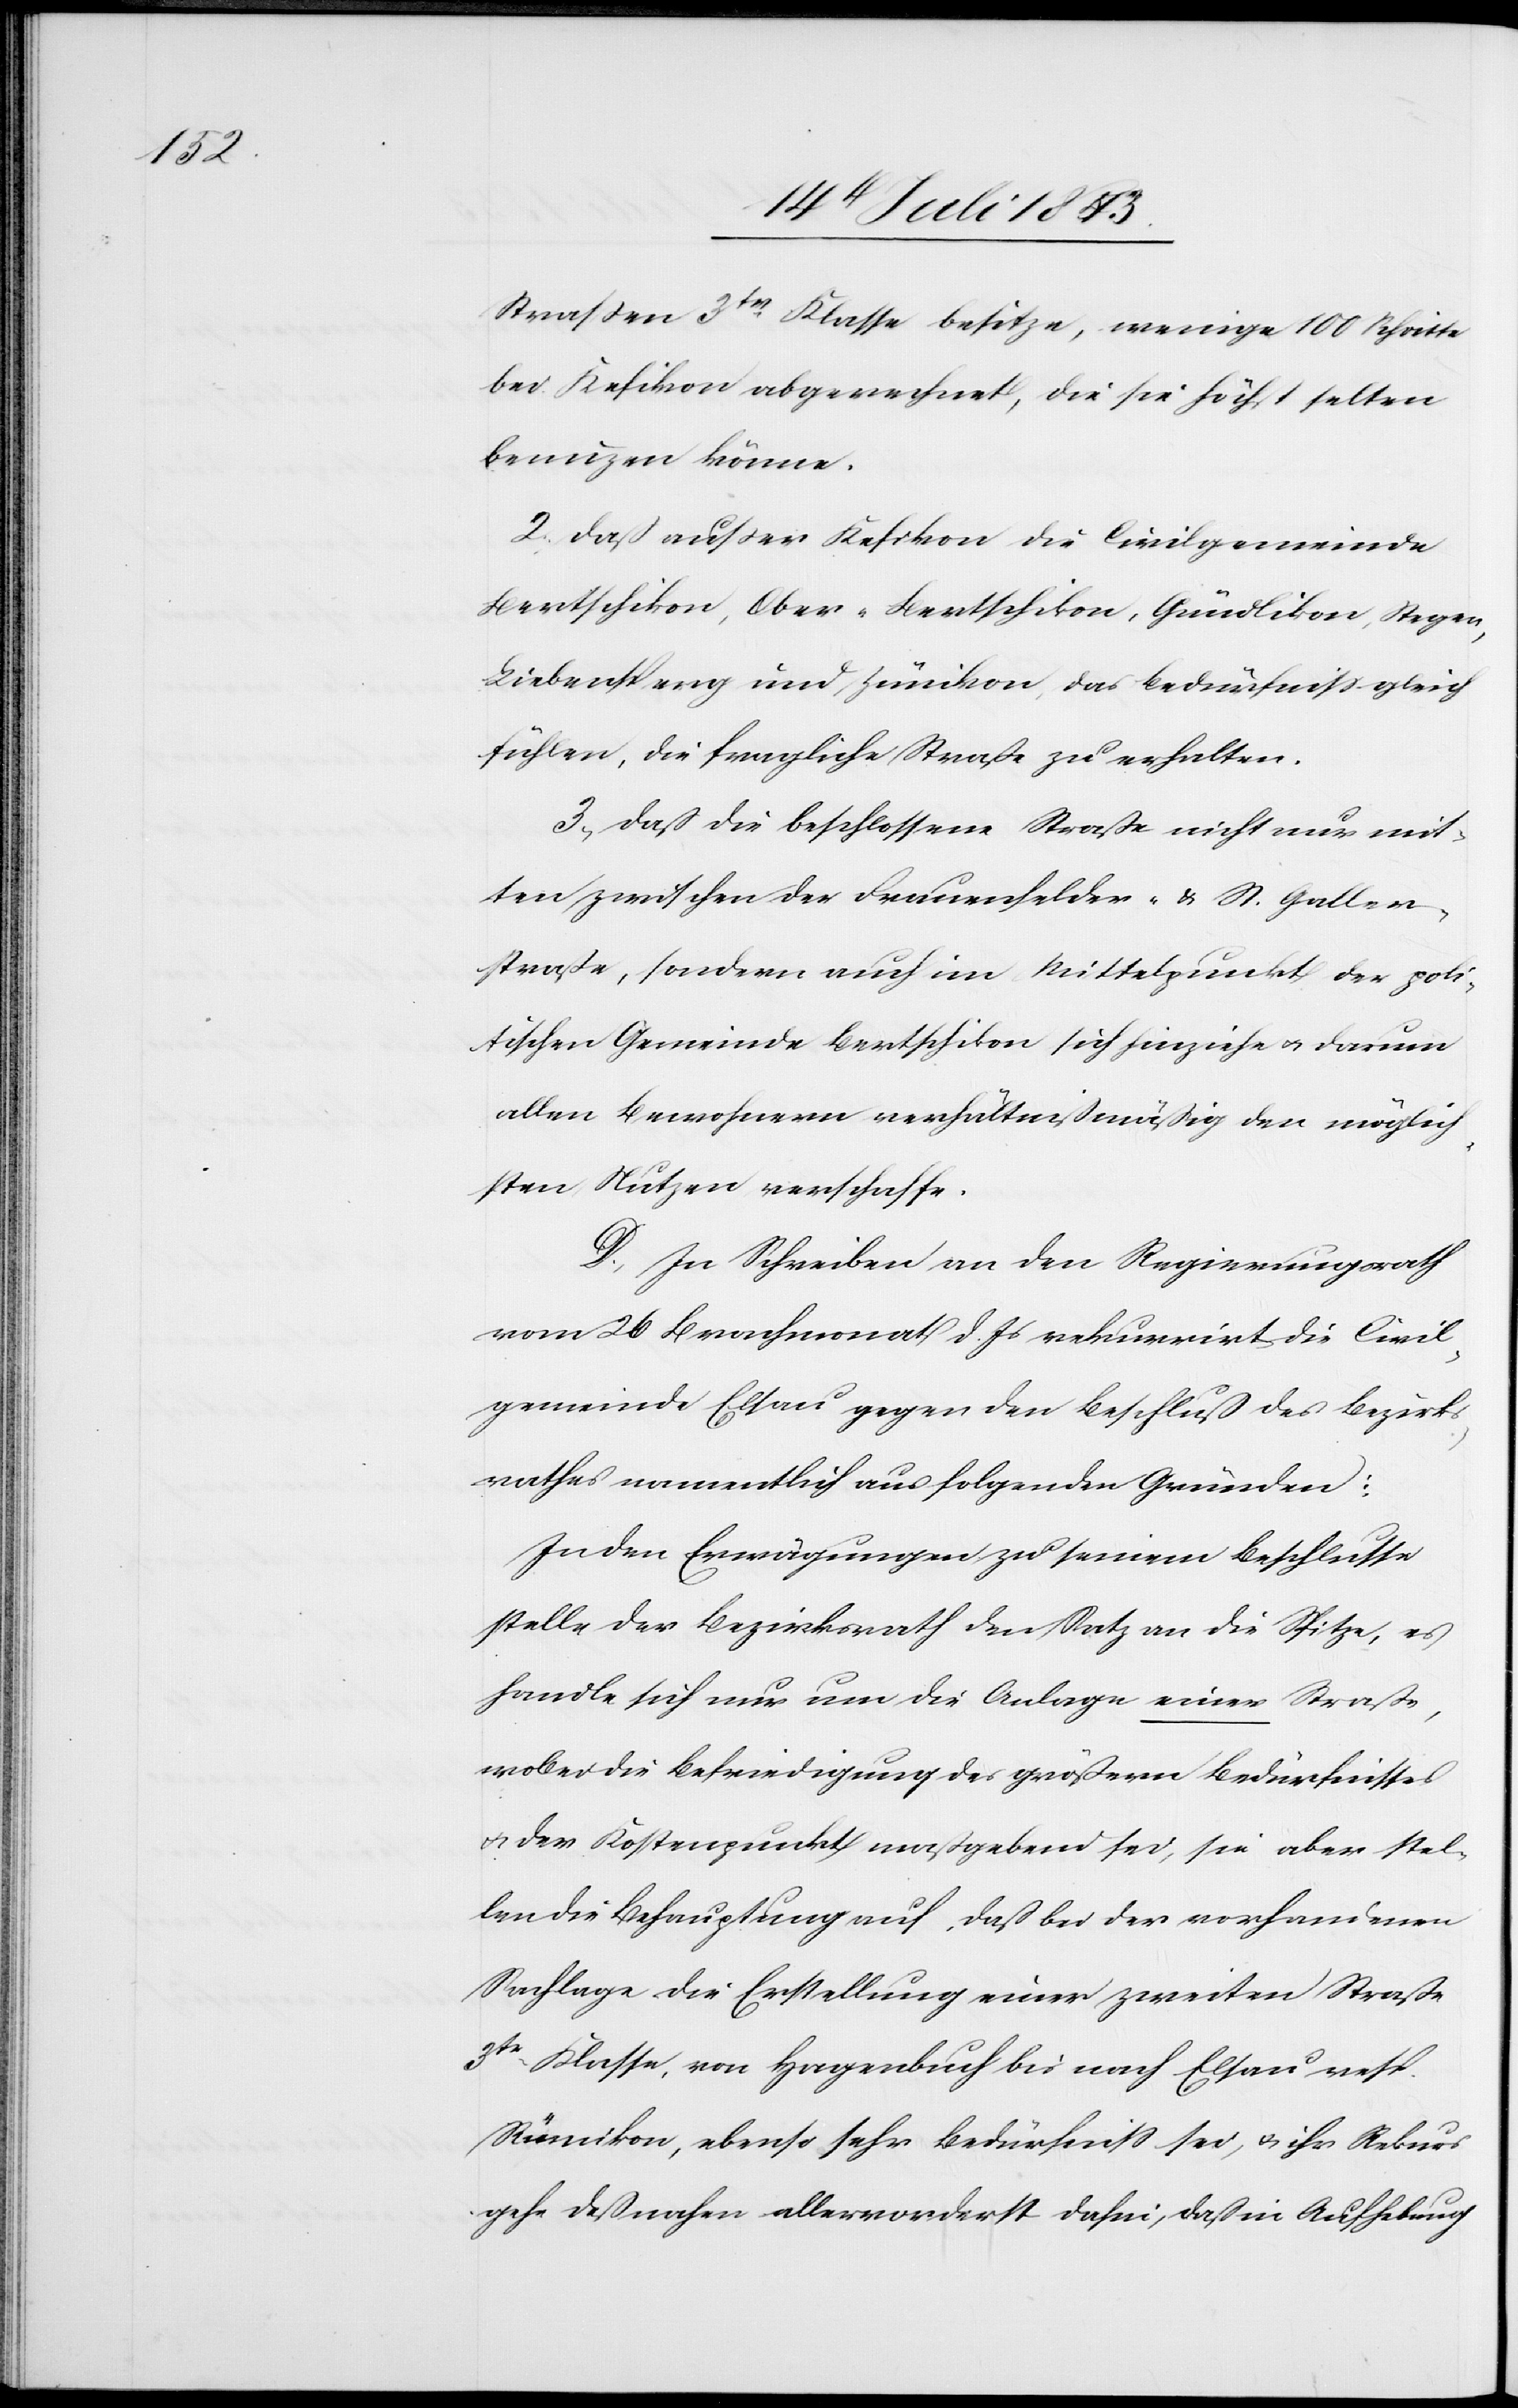
Straßen 3tr Klasse besitze, wenige 100 Schritte
bei Kefikon abgerechnet, die sie höchst selten
benutzen können.
2, daß außer Kefikon die Civilgemeinde
Bertschikon, Ober-Bertschikon, Gündlikon, Stegen,
Liebensperg und Zümikon, das Bedürfniß gleich
fühlen, die fragliche Straße zu erhalten.
3, daß die beschlossene Straße nicht nur mit¬
ten zwischen der Frauenfelder- u. St. Galler¬
straße, sondern auch im Mittelpunkt der poli¬
tischen Gemeinde Bertschikon sich hinziehe u. darum
allen Bewohnern verhältnißmäßig den möglich¬
sten Nutzen verschaffe.
D. In Schreiben an den Regierungsrath
vom 26 Brachmonat d. Js. rekurrirt die Civil¬
gemeinde Elsau gegen den Beschluß des Bezirks¬
rathes namentlich aus folgenden Gründen:
In den Erwägungen zu seinem Beschluße
stelle der Bezirksrath den Satz an die Spitze, es
handle sich nur um die Anlage einer Straße,
wobei die Befriedigung des größern Bedürfnisses
u. der Kostenpunkt maßgebend sei, sie aber stel¬
len die Behauptung auf, daß bei der vorhandenen
Sachlage die Erstellung einer zweiten Straße
3tr Klasse, von Hagenbuch nach Elsau resp.
Rümikon, ebenso sehr Bedürfniß sei, u. ihr Rekurs
gehe deßnahen allervorderst dahin, daß in Aufhebung